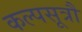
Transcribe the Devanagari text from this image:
कल्पसूत्रौं